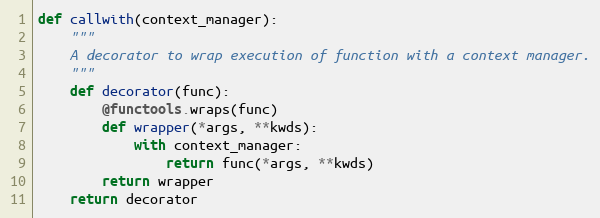
Language: Python
def callwith(context_manager):
    """
    A decorator to wrap execution of function with a context manager.
    """
    def decorator(func):
        @functools.wraps(func)
        def wrapper(*args, **kwds):
            with context_manager:
                return func(*args, **kwds)
        return wrapper
    return decorator